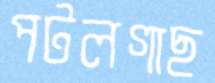
পটলগাছ